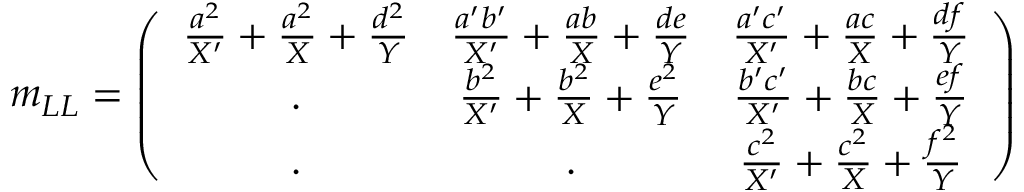
m _ { L L } = \left( \begin{array} { c c c } { { \frac { a ^ { 2 } } { X ^ { \prime } } + \frac { a ^ { 2 } } { X } + \frac { d ^ { 2 } } { Y } } } & { { \frac { a ^ { \prime } b ^ { \prime } } { X ^ { \prime } } + \frac { a b } { X } + \frac { d e } { Y } } } & { { \frac { a ^ { \prime } c ^ { \prime } } { X ^ { \prime } } + \frac { a c } { X } + \frac { d f } { Y } } } \\ { { . } } & { { \frac { b ^ { 2 } } { X ^ { \prime } } + \frac { b ^ { 2 } } { X } + \frac { e ^ { 2 } } { Y } } } & { { \frac { b ^ { \prime } c ^ { \prime } } { X ^ { \prime } } + \frac { b c } { X } + \frac { e f } { Y } } } \\ { { . } } & { { . } } & { { \frac { c ^ { 2 } } { X ^ { \prime } } + \frac { c ^ { 2 } } { X } + \frac { f ^ { 2 } } { Y } } } \end{array} \right)